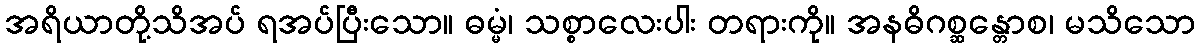
အရိယာတို့သိအပ် ရအပ်ပြီးသော။ ဓမ္မံ၊ သစ္စာလေးပါး တရားကို။ အနဓိဂစ္ဆန္တောစ၊ မသိသော